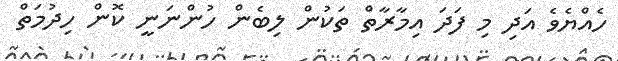
ހެއްޔެވެ އަދި މި ފަދަ އިމާރާތް ތަކުން ލިބެން ހުންނަނީ ކޮން ހިދުމަތް